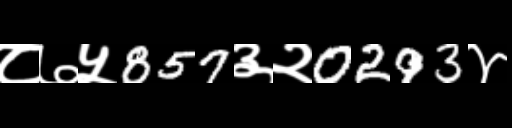
Text: ८७५857३२0293४